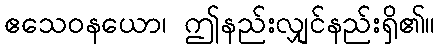
ဧသေဝနယော၊ ဤနည်းလျှင်နည်းရှိ၏။